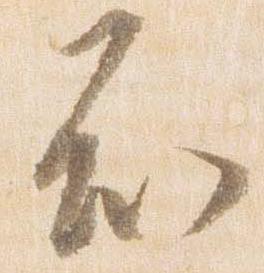
知